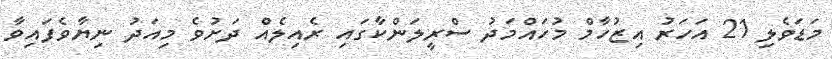
މަޑަވެލި 21 އަހަރު އިޒުހާމް މުހައްމަދު ސްރީލަންކާގައި ރެއިލެއް ދަށުވެ މިއަދު ނިޔާވެފައިވާ